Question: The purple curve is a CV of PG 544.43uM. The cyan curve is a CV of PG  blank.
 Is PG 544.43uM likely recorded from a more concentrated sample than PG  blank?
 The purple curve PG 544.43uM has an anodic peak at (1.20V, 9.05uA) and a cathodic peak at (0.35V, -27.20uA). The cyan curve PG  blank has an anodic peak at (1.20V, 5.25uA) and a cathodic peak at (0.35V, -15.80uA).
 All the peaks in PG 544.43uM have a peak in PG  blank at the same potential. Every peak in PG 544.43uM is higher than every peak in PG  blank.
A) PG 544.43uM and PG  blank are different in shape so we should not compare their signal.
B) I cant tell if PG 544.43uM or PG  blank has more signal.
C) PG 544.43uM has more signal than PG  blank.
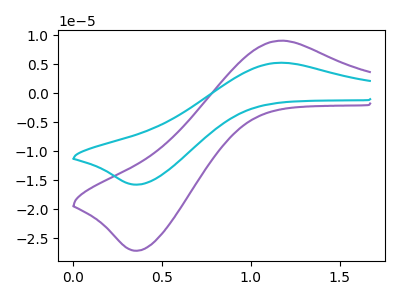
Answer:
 <answer>C) "PG 544.43uM" has more signal than "PG  blank".</answer>
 <eval>C</eval>